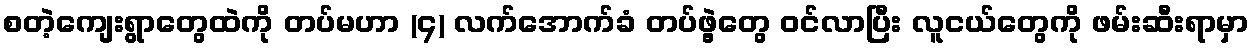
စတဲ့ကျေးရွာတွေထဲကို တပ်မဟာ (၄) လက်အောက်ခံ တပ်ဖွဲ့တွေ ဝင်လာပြီး လူငယ်တွေကို ဖမ်းဆီးရာမှာ